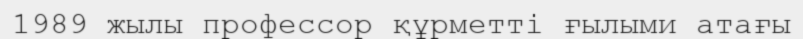
1989 жылы профессор құрметті ғылыми атағы